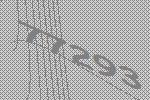
77293